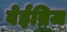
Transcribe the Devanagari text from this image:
वेईब्रिज